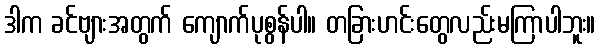
ဒါက ခင်ဗျားအတွက် ကျောက်ပုစွန်ပါ။ တခြားဟင်းတွေလည်းမကြာပါဘူး။